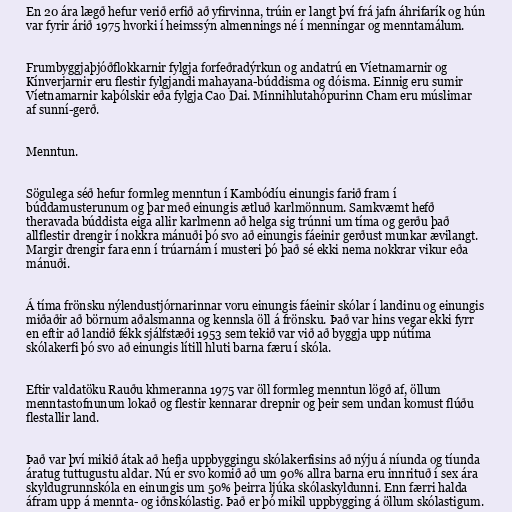
En 20 ára lægð hefur verið erfið að yfirvinna, trúin er langt því frá jafn áhrifarík og hún
var fyrir árið 1975 hvorki í heimssýn almennings né í menningar og menntamálum.

Frumbyggjaþjóðflokkarnir fylgja forfeðradýrkun og andatrú en Víetnamarnir og
Kínverjarnir eru flestir fylgjandi mahayana-búddisma og dóisma. Einnig eru sumir
Víetnamarnir kaþólskir eða fylgja Cao Dai. Minnihlutahópurinn Cham eru múslimar
af sunní-gerð.

Menntun.

Sögulega séð hefur formleg menntun í Kambódíu einungis farið fram í
búddamusterunum og þar með einungis ætluð karlmönnum. Samkvæmt hefð
theravada búddista eiga allir karlmenn að helga sig trúnni um tíma og gerðu það
allflestir drengir í nokkra mánuði þó svo að einungis fáeinir gerðust munkar ævilangt.
Margir drengir fara enn í trúarnám í musteri þó það sé ekki nema nokkrar vikur eða
mánuði.

Á tíma frönsku nýlendustjórnarinnar voru einungis fáeinir skólar í landinu og einungis
miðaðir að börnum aðalsmanna og kennsla öll á frönsku. Það var hins vegar ekki fyrr
en eftir að landið fékk sjálfstæði 1953 sem tekið var við að byggja upp nútíma
skólakerfi þó svo að einungis lítill hluti barna færu í skóla.

Eftir valdatöku Rauðu khmeranna 1975 var öll formleg menntun lögð af, öllum
menntastofnunum lokað og flestir kennarar drepnir og þeir sem undan komust flúðu
flestallir land.

Það var því mikið átak að hefja uppbyggingu skólakerfisins að nýju á níunda og tíunda
áratug tuttugustu aldar. Nú er svo komið að um 90% allra barna eru innrituð í sex ára
skyldugrunnskóla en einungis um 50% þeirra ljúka skólaskyldunni. Enn færri halda
áfram upp á mennta- og iðnskólastig. Það er þó mikil uppbygging á öllum skólastigum.